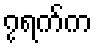
၇ရက်က